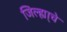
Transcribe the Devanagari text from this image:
जिल्ह्या्चे